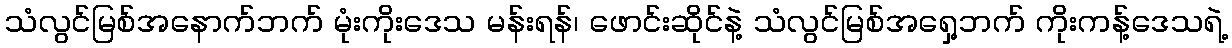
သံလွင်မြစ်အနောက်ဘက် မုံးကိုးဒေသ မန်းရန်၊ ဖောင်းဆိုင်နဲ့ သံလွင်မြစ်အရှေ့ဘက် ကိုးကန့်ဒေသရဲ့